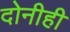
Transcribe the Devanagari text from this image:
दोनीही